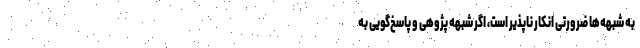
به شبهه‌ها ضرورتی انکار ناپذیر است، اگر شبهه پژوهی و پاسخ‌گویی به